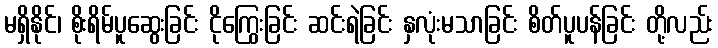
မရှိနိုင်၊ စိုးရိမ်ပူဆွေးခြင်း ငိုကြွေးခြင်း ဆင်းရဲခြင်း နှလုံးမသာခြင်း စိတ်ပူပန်ခြင်း တို့လည်း